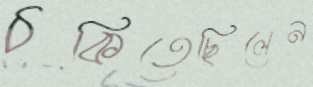
ঠকিতেছিলেন